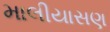
માલીયાસણ